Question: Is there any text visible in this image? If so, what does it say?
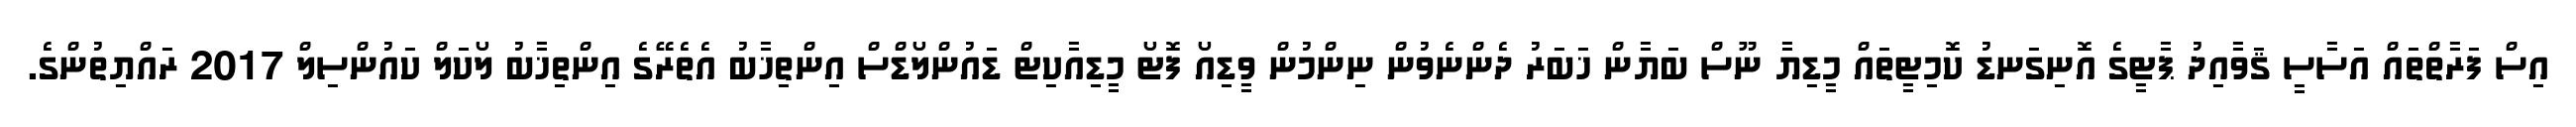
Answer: އިސް ފަރާތްތައް އަސާސީ ޤަވާއިދު ޕާޓީގެ އޮނިގަނޑު ކޮމިޓީތައް މީޑިޔާ ނޫސް ބަޔާން ޚަބަރު ދެންނެވުން ނިންމުން ވީޑިއޯ ފޮޓޯ މީޑިއާކިޓް ޑައުންލޯޑްސް އިންތިޚާބު އެތެރޭގެ އިންތިޚާބު ލޯކަލް ކައުންސިލް 2017 ރައްޔިތުންގެ.